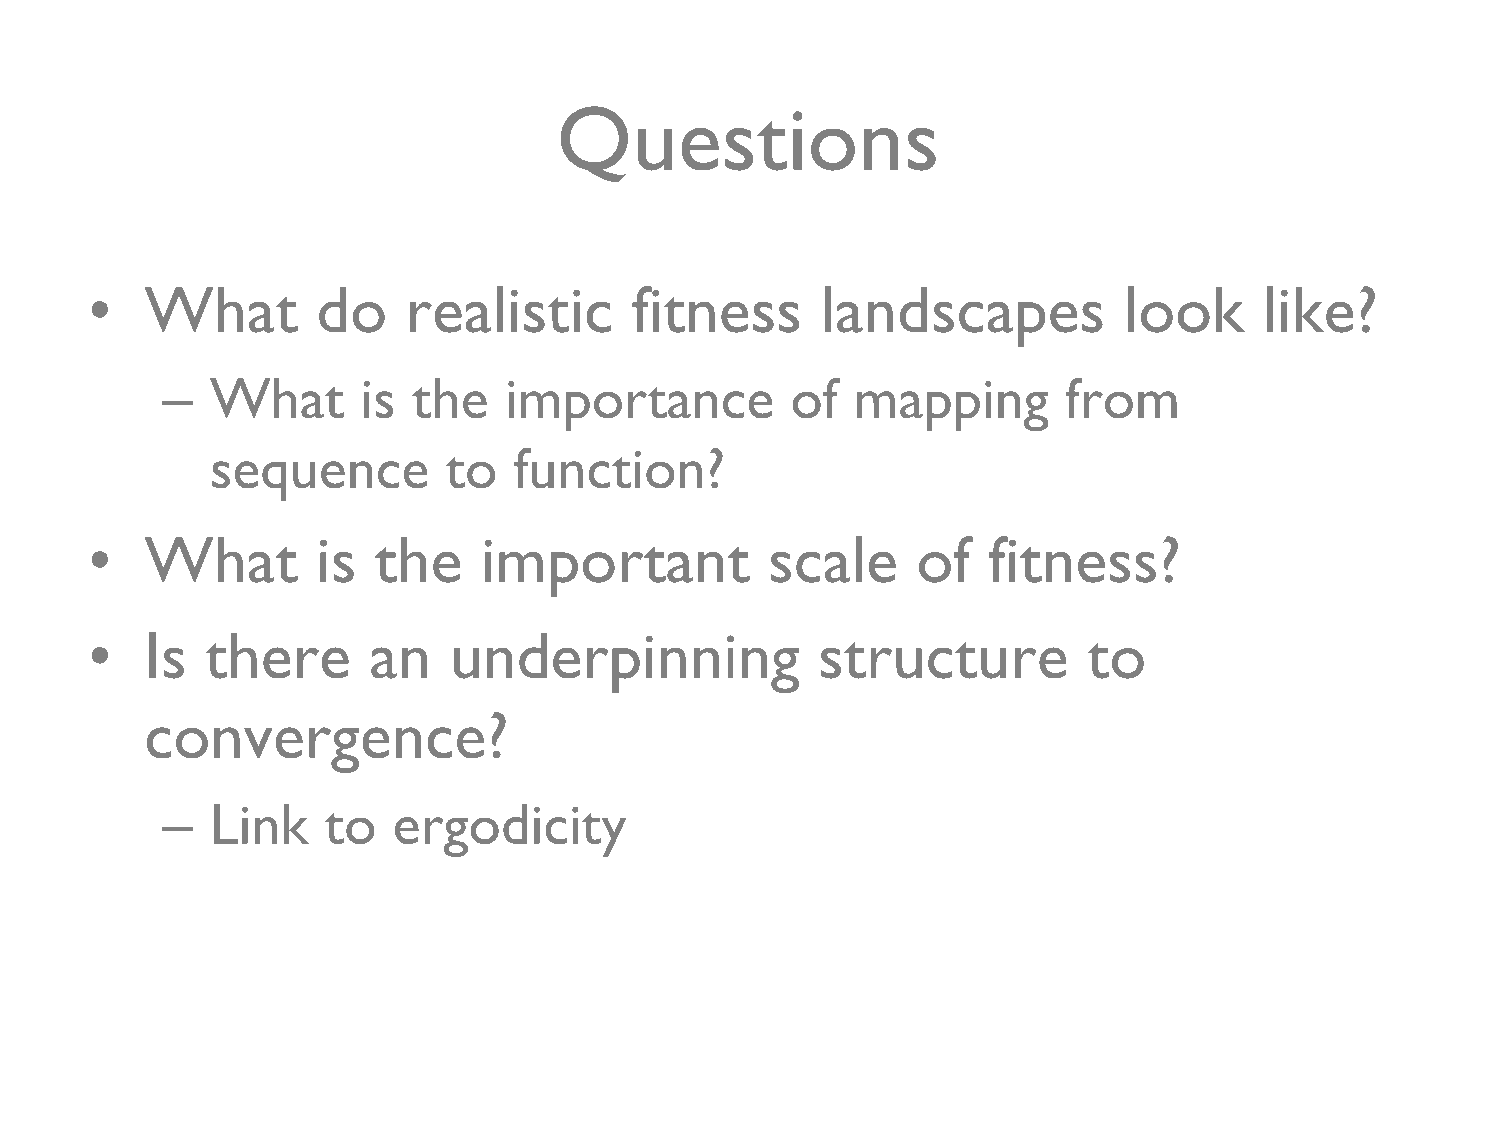
Questions
 •   What       do    realistic      fitness     landscapes          look      like?
 –  What      is the    importance        of   mapping       from
 sequence        to  function?
 •   What       is  the    important          scale     of   fitness?
 •   Is  there      an   underpinning            structure         to
 convergence?
 –  Link    to  ergodicity